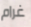
غرام